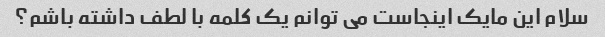
سلام این مایک اینجاست می توانم یک کلمه با لطف داشته باشم؟